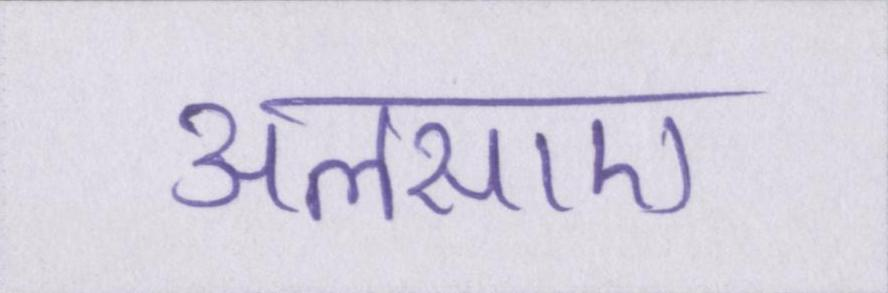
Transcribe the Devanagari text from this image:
अलसाए